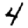
Digit: 4